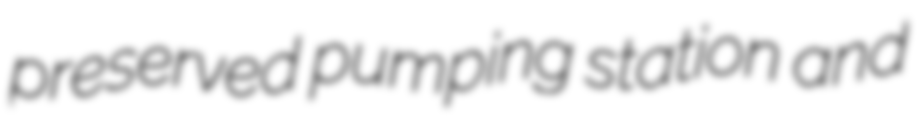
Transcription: preserved pumping station and